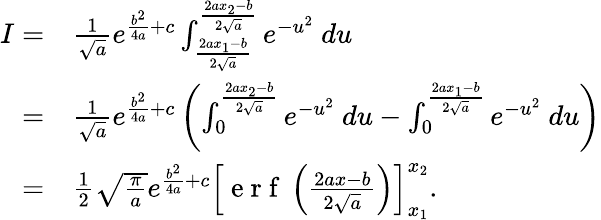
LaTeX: \begin{array}{rl}{I=}&{{}\frac{1}{\sqrt{a}}e^{\frac{b^{2}}{4a}+c}\int_{\frac{2ax_{1}-b}{2\sqrt{a}}}^{\frac{2ax_{2}-b}{2\sqrt{a}}}e^{-u^{2}}\ du}\\ {=}&{{}\frac{1}{\sqrt{a}}e^{\frac{b^{2}}{4a}+c}\left(\int_{0}^{\frac{2ax_{2}-b}{2\sqrt{a}}}e^{-u^{2}}\ du-\int_{0}^{\frac{2ax_{1}-b}{2\sqrt{a}}}e^{-u^{2}}\ du\right)}\\ {=}&{{}\frac{1}{2}\sqrt{\frac{\pi}{a}}e^{\frac{b^{2}}{4a}+c}\left[\mathrm{~e~r~f~}\left({\frac{2ax-b}{2\sqrt{a}}}\right)\right]_{x_{1}}^{x_{2}}.}\end{array}